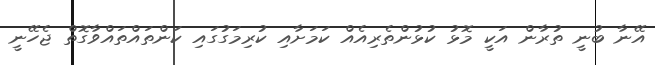
އޭނާ ބުނީ ތުރާން އަކީ މޮޅު ކުޅުންތެރިއެއް ކަމަށާއި ކުރިމަގުގައި ކަންތައްތައްވާގޮތް ޖެހޭނީ